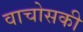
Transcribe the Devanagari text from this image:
वाचोसकी